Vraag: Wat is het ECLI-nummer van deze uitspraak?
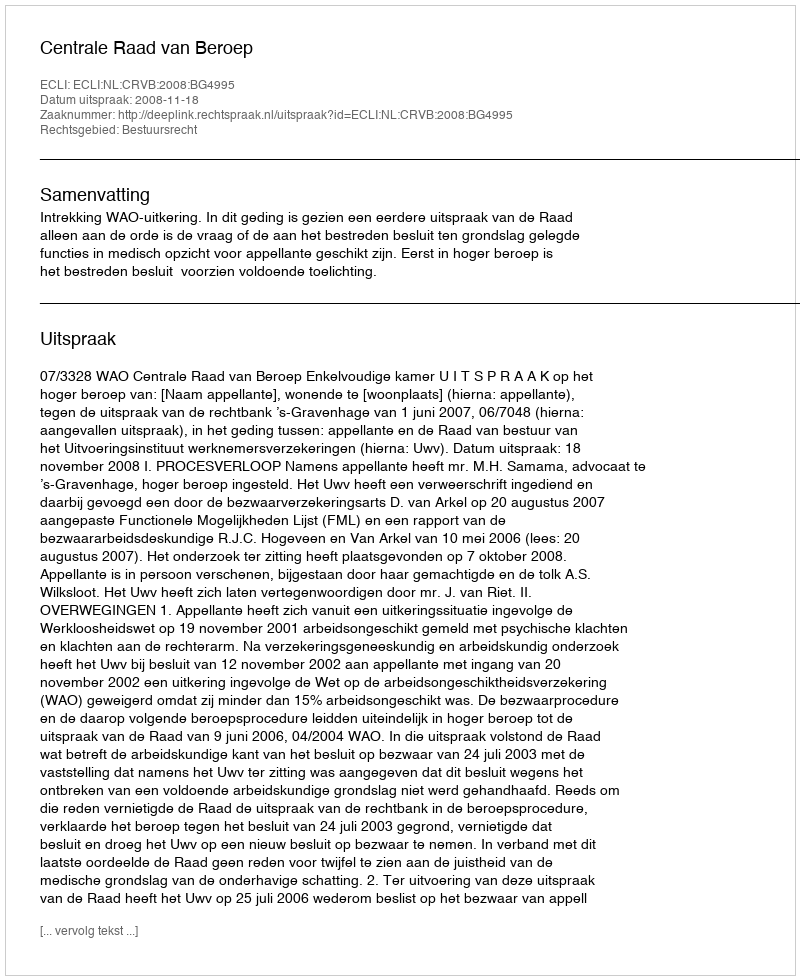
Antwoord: ECLI:NL:CRVB:2008:BG4995